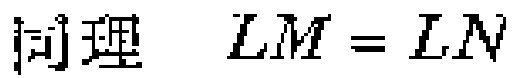
同理 \(LM = LN\)